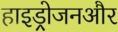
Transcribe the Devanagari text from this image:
हाइड्रोजनऔर